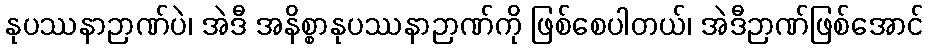
နုပဿနာဉာဏ်ပဲ၊ အဲဒီ အနိစ္စာနုပဿနာဉာဏ်ကို ဖြစ်စေပါတယ်၊ အဲဒီဉာဏ်ဖြစ်အောင်